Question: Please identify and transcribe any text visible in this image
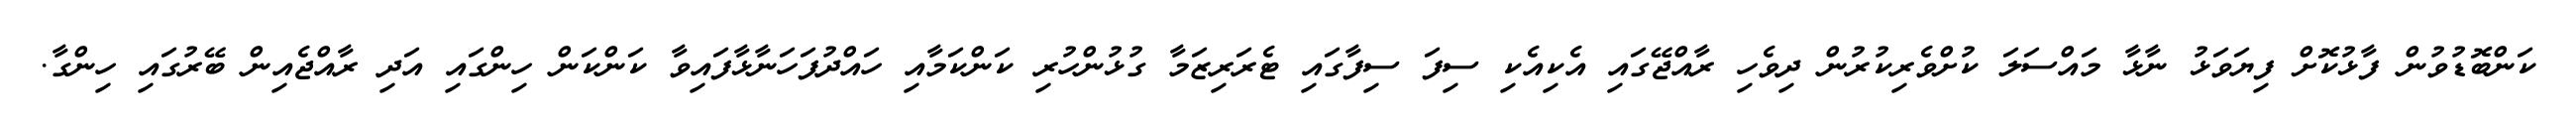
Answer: ކަންބޮޑުވުން ފާޅުކޮށް ފިޔަވަޅު ނާޅާ މައްސަލަ ކުށްވެރިކުރުން ދިވެހި ރާއްޖޭގައި އެކިއެކި ސިފަ ސިފާގައި ޓެރަރިޒަމާ ގުޅުންހުރި ކަންކަމާއި ހައްދުފަހަނާޅާފައިވާ ކަންކަން ހިންގައި އަދި ރާއްޖެއިން ބޭރުގައި ހިންގާ.